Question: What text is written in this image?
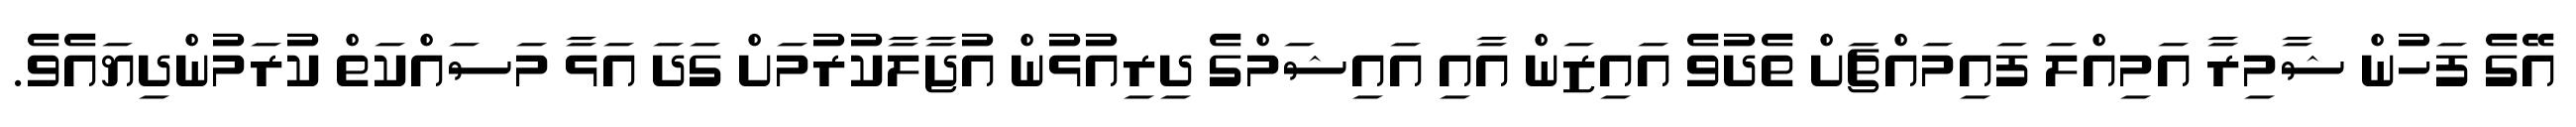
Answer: އޭގެ ފަހުން ޝާމިރާ އަމިއްލަ ފައިމައްޗަށް ތެދުވެ އައިޒަން އާއި އައިޝަމްގެ ދިރިއުޅުން އުޖާލާކުރުމަށް ގަދަ އަޅާ މަސައްކަތް ކުރަމުންދިޔައެވެ.